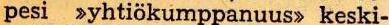
pesi  >yhtiökumppanuus> keski-